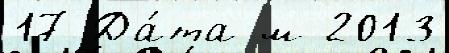
17 Да́та м 2013